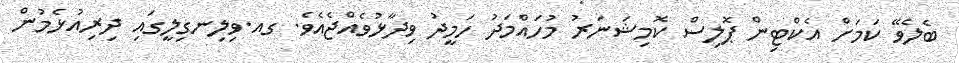
ބެލެވޭ ކަމަށް އެކްޓިން ޕޮލިސް ކޮމިޝަނަރު މުހައްމަދު ހަމީދު ވިދާޅުވެއްޖެއެވެ. ގއ.ވިލިނގިލީގައި ދިރިއުޅެމުން